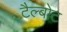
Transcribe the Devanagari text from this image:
टैल्बोट